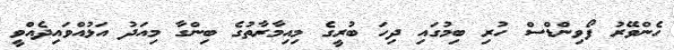
ހެންވޭރު ފޯވިންޑްސް ހުރި ބިމުގައި ދިހަ ބުރީގެ މިއިމާރާތުގެ ބިންގާ މިއަދު އަޅުއްވައިދެއްވީ